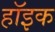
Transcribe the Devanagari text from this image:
हॉइक